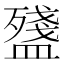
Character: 𥂫